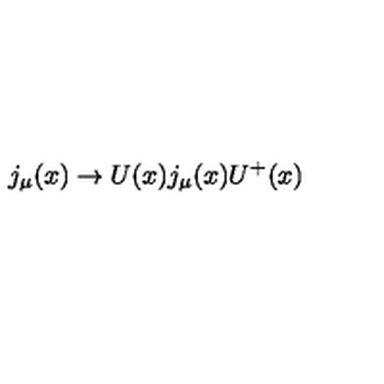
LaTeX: j _ { \mu } ( x ) \rightarrow U ( x ) j _ { \mu } ( x ) U ^ { + } ( x )